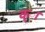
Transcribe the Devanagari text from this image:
क्ा